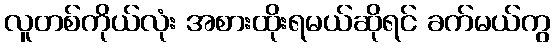
လူတစ်ကိုယ်လုံး အစားထိုးရမယ်ဆိုရင် ခက်မယ်ကွ